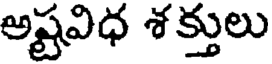
అష్టవిధ శ క్తులు